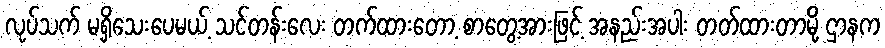
လုပ်သက် မရှိသေးပေမယ့် သင်တန်းလေး တက်ထားတော့ စာတွေ့အားဖြင့် အနည်းအပါး တတ်ထားတာမို့ ဌာနက